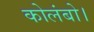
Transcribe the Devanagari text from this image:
कोलंबो।